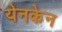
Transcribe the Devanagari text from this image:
येनकेन